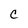
Character: C